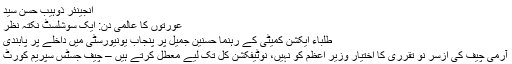
انجینئر ذوہیب حسن سید
عورتوں کا عالمی دن: ایک سوشلسٹ نکتہ نظر
طلباء ایکشن کمیٹی کے رہنما حسنین جمیل پر پنجاب یونیورسٹی میں داخلے پر پابندی
آرمی چیف کی ازسر نو تقرری کا اختیار وزیر اعظم کو نہیں، نوٹیفکشن کل تک لیے معطل کرتے ہیں – چیف جسٹس سپریم کورٹ